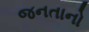
જનતાનો